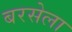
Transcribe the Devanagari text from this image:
बरसेला